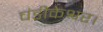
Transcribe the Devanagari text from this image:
चंडीकेश्वर।